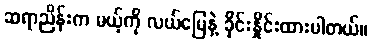
ဆရာညိန်းက မယ့်ကို လယ်မြေနဲ့ ခိုင်းနှိုင်းထားပါတယ်။